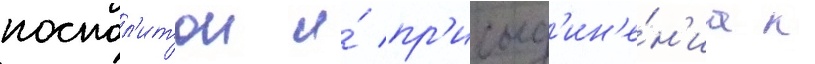
поспол'итои и́ пр'исоед'ин'е́н'иа к